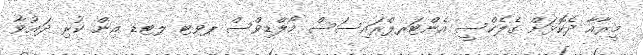
މީރާއާ ދެކޮޅަށް ގެލެކްސީ އެންޓަރޕްރައިސަސް މޯލްޑިވްސް ޕވޓ ލޓޑ އިން ކުރި ދަޢުވާ